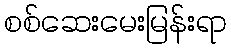
စစ်ဆေးမေးမြန်းရာ